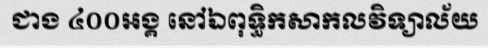
ជាង ៤០០អង្គ នៅឯពុទ្ធិកសាកលវិទ្យាល័យ